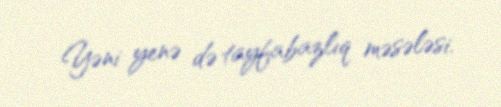
Yəni yenə də tayfabazlıq məsələsi.